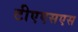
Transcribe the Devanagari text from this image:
टीएएसएस